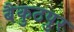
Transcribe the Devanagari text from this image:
बैकुठपुर